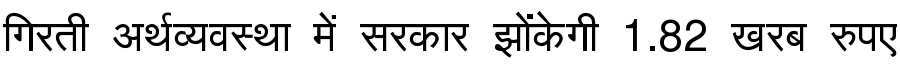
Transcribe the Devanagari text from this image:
गिरती अर्थव्यवस्था में सरकार झोंकेगी 1.82 खरब रुपए